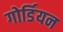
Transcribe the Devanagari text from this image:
गोर्डियन